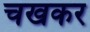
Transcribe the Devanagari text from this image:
चखकर